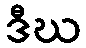
ဒီဃ